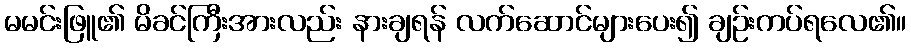
မမင်းဖြူ၏ မိခင်ကြီးအားလည်း နားချရန် လက်ဆောင်များပေး၍ ချဉ်းကပ်ရလေ၏။